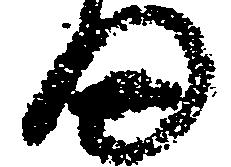
ま